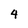
Character: 4